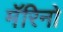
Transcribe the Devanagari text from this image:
मॅरिनो